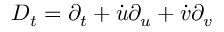
D _ { t } = \partial _ { t } + \dot { u } \partial _ { u } + \dot { v } \partial _ { v }